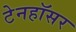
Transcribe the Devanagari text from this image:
टेनहॉसर